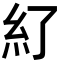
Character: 𥾇